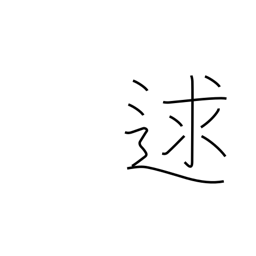
Meaning: meet